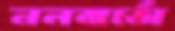
নলবার্তো